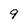
Character: 9